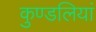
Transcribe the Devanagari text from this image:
कुण्‍डलियां